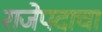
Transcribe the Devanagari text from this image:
राजेपदाचा